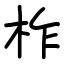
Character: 柞